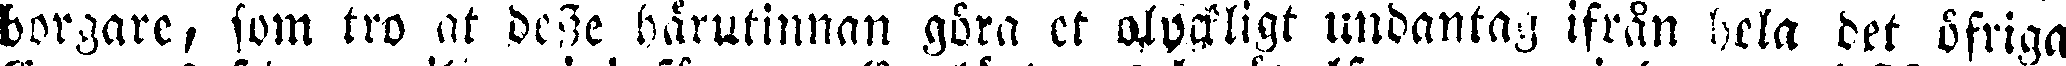
borgare, som tro at desse härutinnan göra et alvarligt undantag ifrån hela det öfriga